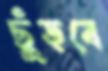
ছুঁড়বে